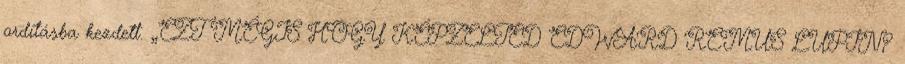
ordításba kezdett. „EZT MÉGIS HOGY KÉPZELTED EDWARD REMUS LUPIN?